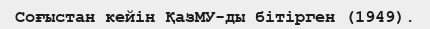
Соғыстан кейін ҚазМУ-ды бітірген (1949).